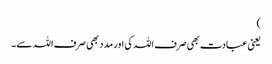
)
یعنی عبادت بھی صرف اللہ کی اور مدد بھی صرف اللہ سے۔